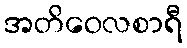
အတိဝေလစာရီ